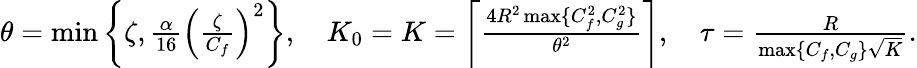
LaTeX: \begin{array}{r}{\theta=\operatorname*{min}\left\{ \zeta,\frac{\alpha}{16}\left(\frac{\zeta}{C_{f}}\right)^{2}\right\} ,\quad K_{0}=K=\left\lceil\frac{4R^{2}\operatorname*{max}\{ C_{f}^{2},C_{g}^{2}\} }{\theta^{2}}\right\rceil,\quad\tau=\frac{R}{\operatorname*{max}\{ C_{f},C_{g}\} \sqrt{K}}.}\end{array}